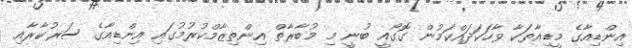
އިންޑިއާގެ މީޑިއާތަކާ ވާހަކަދައްކަމުން ގޮގޯއީ ބުނީ މި މުބާރާތް އިންތިޒާމްކުރުމުގައި އިންޑިއާގެ ސަރުކާރާއި